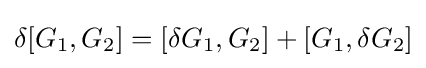
\delta [G_{1},G_{2}]=[\delta G_{1},G_{2}]+[G_{1},\delta G_{2}]